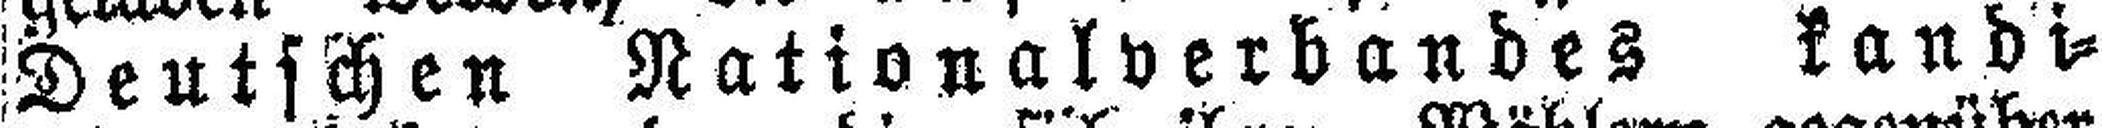
Deutschen Nationalverbandes kandi¬